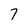
Character: 7